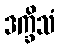
ဒက္ခိသံ